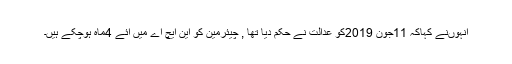
انہوںنے کہاکہ 11جون 2019کو عدالت نے حکم دیا تھا , چیئرمین کو این ایچ اے میں آئے 4ماہ ہوچکے ہیں۔